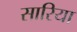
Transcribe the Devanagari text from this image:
सारिया